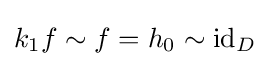
k_{1}f\sim f=h_{0}\sim \operatorname {id} _{D}